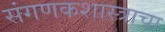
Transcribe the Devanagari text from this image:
संगणकशास्त्राचा